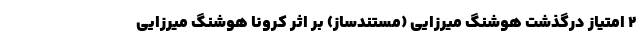
۲ امتیاز درگذشت هوشنگ میرزایی (مستندساز) بر اثر کرونا هوشنگ میرزایی